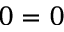
0 = 0